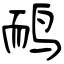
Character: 鸸